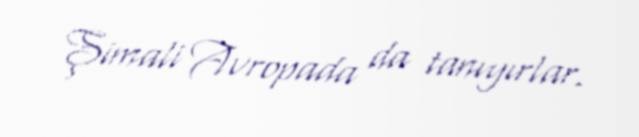
Şimali Avropada da tanıyırlar.